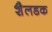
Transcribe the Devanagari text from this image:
शैलडक